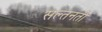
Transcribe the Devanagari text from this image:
सल्तनती